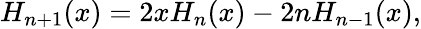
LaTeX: H_{n+1}(x)=2xH_{n}(x)-2nH_{n-1}(x),